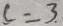
c = 3